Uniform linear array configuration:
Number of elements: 4
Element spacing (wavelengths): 1
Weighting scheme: cosine
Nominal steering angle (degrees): -15
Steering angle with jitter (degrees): -14.309
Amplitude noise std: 0.05
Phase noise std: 0.05

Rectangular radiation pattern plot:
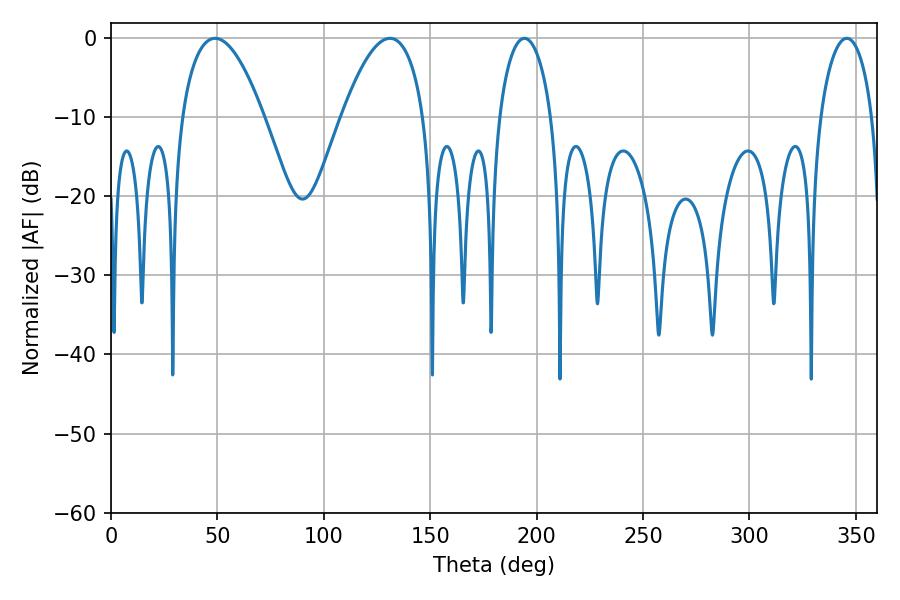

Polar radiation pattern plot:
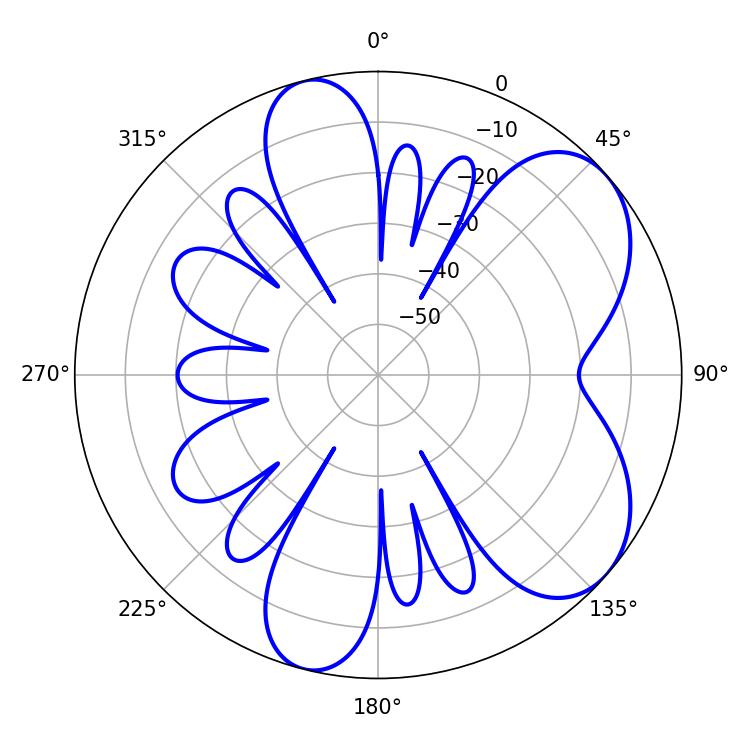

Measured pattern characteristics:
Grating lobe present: TRUE
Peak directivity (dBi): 6.311
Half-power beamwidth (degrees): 21.42
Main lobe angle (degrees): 48.96